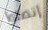
إتصلوا